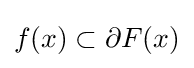
f(x)\subset \partial F(x)